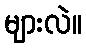
များလဲ။